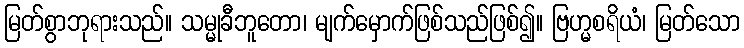
မြတ်စွာဘုရားသည်။ သမ္မုခီဘူတော၊ မျက်မှောက်ဖြစ်သည်ဖြစ်၍။ ဗြဟ္မစရိယံ၊ မြတ်သော